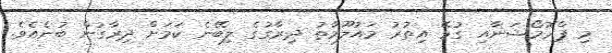
މި ޕްރޮމޯޝަނާއި ގުޅޭ އިތުރު މައުލޫމާތު ދިރާގުގެ ލިބޭނެ ކަމަށް ދިރާގުން ބުނެއެވެ.